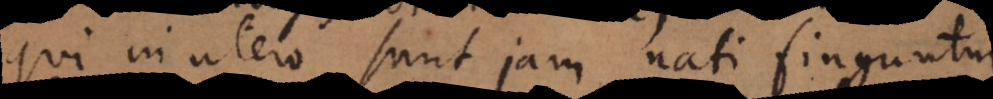
qui in utero sunt jam nati finguntur